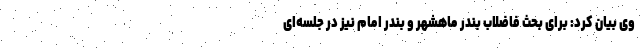
وی بیان کرد: برای بحث فاضلاب بندر ماهشهر و بندر امام نیز در جلسه‌ای